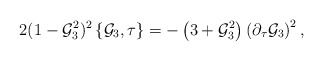
\begin{align*}2(1-{\cal G}_3^2)^2\left\{{\cal G}_3,\tau\right\}=-\left(3+{\cal G}_3^2\right)\left(\partial_\tau{\cal G}_3\right)^2,\end{align*}